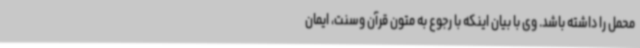
محمل را داشته باشد. وی با بیان اینکه با رجوع به متون قرآن وسنت، ایمان